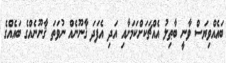
ބައެއްވިޔަސް ވާނީ ބާޠިލު އެއްޗަކަށްކަމަށާއި އަދި އެފަދަ ޤާނޫނެއް ނުވަތަ ޤާނޫނެއްގެ ބައެއްގެ